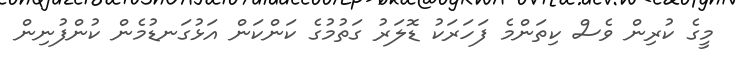
މީގެ ކުރިން ވެސް ކިތަންމެ ފަހަރަކު ޑޮލަރު ގަތުމުގެ ކަންކަން އަޅުގަނޑުމެން ކުންފުނިން